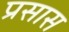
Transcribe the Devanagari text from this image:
प्रसास